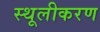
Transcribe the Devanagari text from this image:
स्थूलीकरण